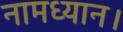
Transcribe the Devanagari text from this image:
नामध्यान।